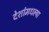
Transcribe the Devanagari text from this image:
देशांमधल्या